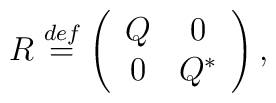
R\stackrel{def}{=}\left(\begin{array}{ccccr}Q&0\\0&Q^{*}\\\end{array} \right),